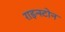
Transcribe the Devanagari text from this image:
राइन्स्टोन